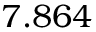
7 . 8 6 4 \